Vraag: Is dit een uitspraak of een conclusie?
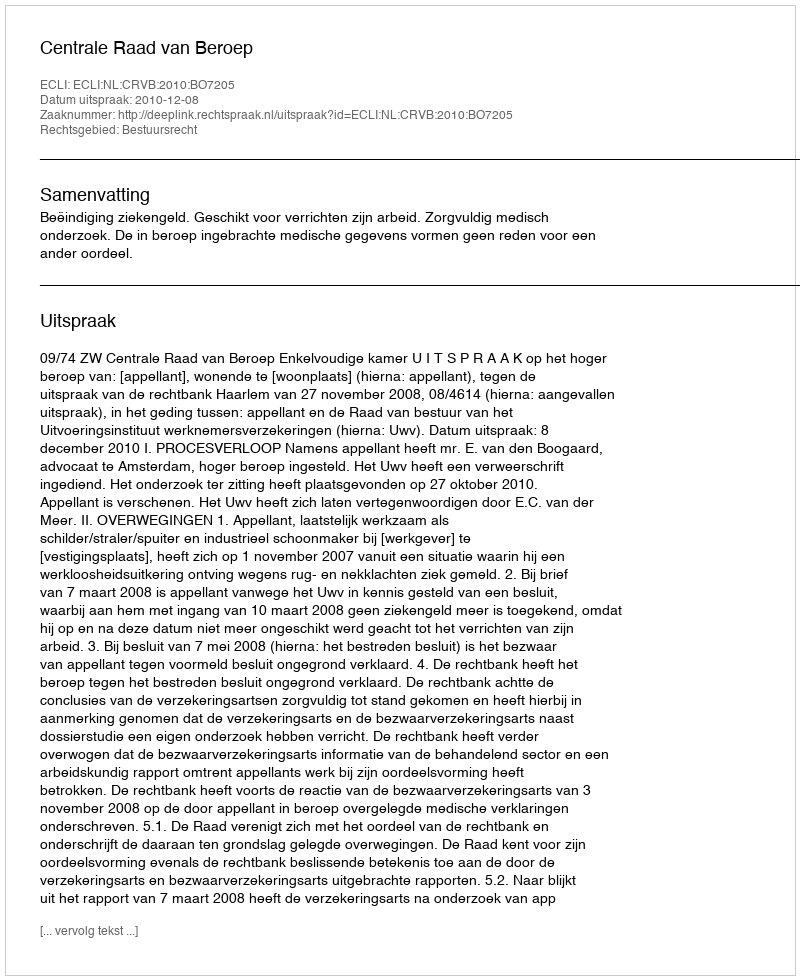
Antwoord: Uitspraak